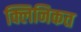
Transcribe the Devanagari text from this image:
क्लिनिकत